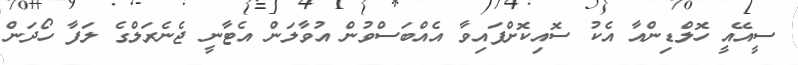
ސީއޭއީ ހޮލްޑިންއާ އެކު ސޮއިކޮށްފައިވާ އެއްބަސްވުން އުވާލަން އެޓާނީ ޖެނެރަލްގެ ލަފާ ހޯދަން